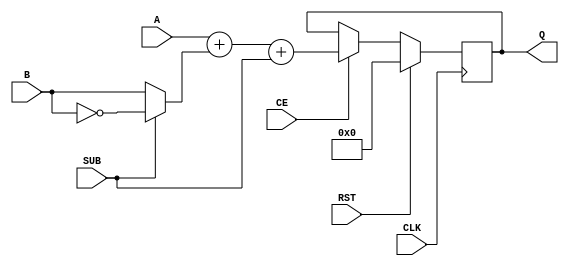
//
//						addsub24s.v - 24-bit adder/subtracter
//
//					(C) Copyright 2004-2010 John B. Stephensen
//
// This Verilog source file and all its derivatives are licensed only for
// personal non-profit educational use in the Amateur Radio Service and
// the license is not transferrable. The information is provided as-is for
// experimental purposes and the author does not warranty its freedom
// from defects or its suitability for any specific application.
//
// This implementation uses a LUT2 as a half adder followed by MUXCY to
// implement ripple carry and XORCY to complete a full adder.
//
// 24 LUTs and 24 registers used.
//
// History:
//		12-27-10	infer add/sub for Spartan-6
//
module addsub24s(
    input SUB,
    input [23:0] A,
    input [23:0] B,
    output [23:0] Q,
	 input CE,
	 input CLK,
	 input RST
    );
// internal signals
reg [23:0] s;	// sum or difference
// logic
always @ (posedge CLK)
begin
	if (RST) s <= 0;
	else if (CE) s <= A + (SUB ? ~B : B) + SUB;
end
assign Q = s;
endmodule